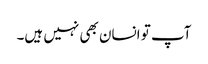
آپ تو انسان بھی نہیں ہیں۔